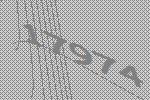
17974